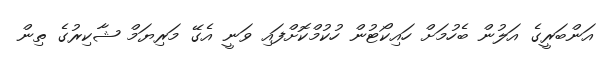
އަންބަރީގެ އަލުން ބެހުމަށް ހައިކޯޓުން ހުކުމްކޮށްފައި ވަނީ އެގޭ މަރިޔަމް ޝާކިރުގެ ތިން